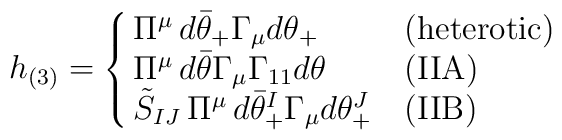
h_{(3)}= \cases{\Pi^\mu\, d\bar\theta_+ \Gamma_\mu d\theta_+ & (heterotic)\cr\Pi^\mu\, d\bar\theta \Gamma_\mu\Gamma_{11} d\theta & (IIA)\cr\tilde S_{IJ}\, \Pi^\mu\, d\bar\theta_+^I \Gamma_\mu d\theta_+^J & (IIB)}